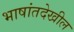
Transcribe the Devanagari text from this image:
भाषांतदेखील